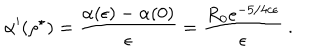
LaTeX: \alpha ^ { \prime } ( \rho ^ { \star } ) = \frac { \alpha ( \epsilon ) - \alpha ( 0 ) } { \epsilon } = \frac { R _ { 0 } e ^ { - 5 / 4 c \epsilon } } { \epsilon } \ .